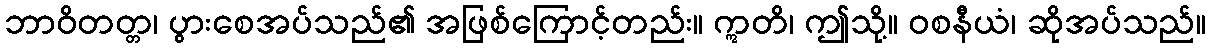
ဘာဝိတတ္တ၊ ပွားစေအပ်သည်၏ အဖြစ်ကြောင့်တည်း။ ဣတိ၊ ဤသို့။ ဝစနီယံ၊ ဆိုအပ်သည်။